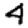
Digit: 4